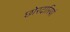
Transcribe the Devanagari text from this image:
छोरदारियां